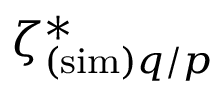
\zeta _ { ( \mathrm { s i m } ) q / p } ^ { * }